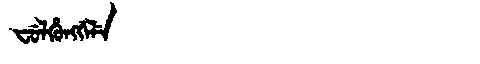
Manchu: ᠸᡠᠯᡥᡠᠩᡤᡝᠯᡝ
Romanization: FULHUNGGELE